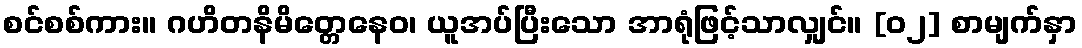
စင်စစ်ကား။ ဂဟိတနိမိတ္တေနေဝ၊ ယူအပ်ပြီးသော အာရုံဖြင့်သာလျှင်။ [၀၂] စာမျက်နှာ